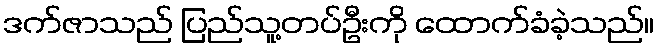
ဒက်ဇာသည် ပြည်သူ့တပ်ဦးကို ထောက်ခံခဲ့သည်။